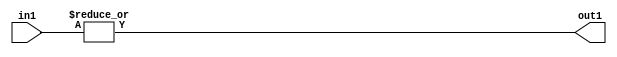
`timescale 1ps / 1ps
/*****************************************************************************
    Verilog RTL Description
    
    
    Created by: Stratus DpOpt 2019.1.01 
*******************************************************************************/

module pw_feature_addr_gen_OrReduction_8U_1U_4_1 (
	in1,
	out1
	); /* architecture "behavioural" */ 
input [7:0] in1;
output  out1;
wire  asc001;

assign asc001 = 
	(|in1);

assign out1 = asc001;
endmodule

/* CADENCE  urb3TAo= : u9/ySgnWtBlWxVPRXgAZ4Og= ** DO NOT EDIT THIS LINE ******/